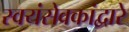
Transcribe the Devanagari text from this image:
स्वयंसेवकांद्वारे